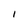
Character: I